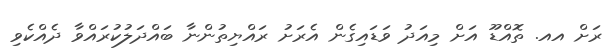
ރަށް އއ. ތޮއްޑޫ އަށް މިއަދު ވަޑައިގެން އެރަށު ރައްޔިތުންނާ ބައްދަލުކުރައްވާ ދެއްކެވި